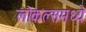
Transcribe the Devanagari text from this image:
लोकल्समध्ये